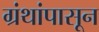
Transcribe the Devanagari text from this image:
ग्रंथांपासून